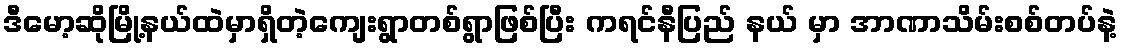
ဒီမော့ဆိုမြို့နယ်ထဲမှာရှိတဲ့ကျေးရွာတစ်ရွာဖြစ်ပြီး ကရင်နီပြည် နယ် မှာ အာဏာသိမ်းစစ်တပ်နဲ့